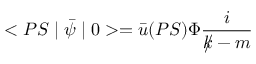
< P S \mid \bar { \psi } \mid 0 > = \bar { u } ( P S ) \Phi \frac { i } { k { \! \! \! / } - m }